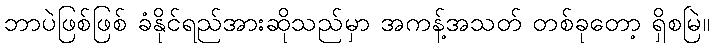
ဘာပဲဖြစ်ဖြစ် ခံနိုင်ရည်အားဆိုသည်မှာ အကန့်အသတ် တစ်ခုတော့ ရှိစမြဲ။